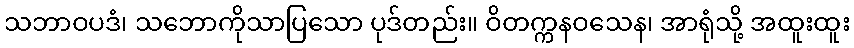
သဘာဝပဒံ၊ သဘောကိုသာပြသော ပုဒ်တည်း။ ဝိတက္ကနဝသေန၊ အာရုံသို့ အထူးထူး